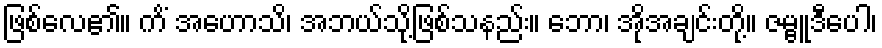
ဖြစ်လေ၏။ ကိံ အဟောသိ၊ အဘယ်သို့ဖြစ်သနည်း။ ဘော၊ အိုအချင်းတို့။ ဇမ္ဗူဒီပေါ၊